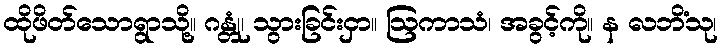
ထိုဖိတ်သောရွာသို့။ ဂန္တုံ၊ သွားခြင်းငှာ။ ဩကာသံ၊ အခွင့်ကို။ န လဘိံသု၊